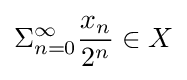
\Sigma _{n=0}^{\infty }{\frac {x_{n}}{2^{n}}}\in {}X